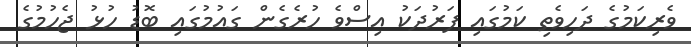
ވެރިކަމުގެ ދަހިވެތި ކަމުގައި ފަރުދަކު އިސްވެ ހުރެގެން ގައުމުގައި ބޮޑު ހުޅު ޖެހުމުގެ